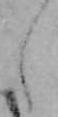
え